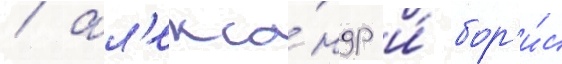
/ ал'екса́ндр и́ бор'и́с